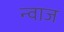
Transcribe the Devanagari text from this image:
न्वाज